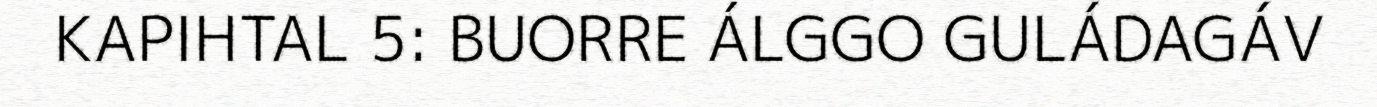
KAPIHTAL 5: BUORRE ÁLGGO GULÁDAGÁV